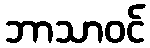
ဘာသာဝင်